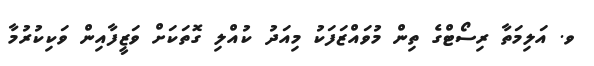
ވ. އަލިމަތާ ރިސޯޓްގެ ތިން މުވައްޒަފަކު މިއަދު ކުއްލި ގޮތަކަށް ވަޒީފާއިން ވަކިކުރުމާ